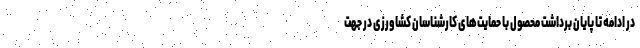
در ادامه تا پایان برداشت محصول با حمایت‌های کارشناسان کشاورزی در جهت